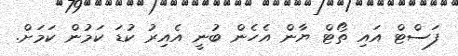
ފަސްޓް އައި ތޯޓް ޔާން އެހެން ބުނީ އެއިރު ކުޑަ ކަމުން ކަމަށް.